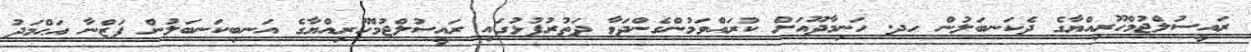
ރައީސުލްޖުމްހޫރިއްޔާގެ ދެކަނބަލުން ހދ. ހަނިމާދޫއަށް ކުރައްވަމުންގެންދަވާ ދަތުރުފުޅުގައި ރައީސުލްޖުމްހޫރިއްޔާގެ އަނބިކަނބަލުން ފަޒްނާ އަޙްމަދު